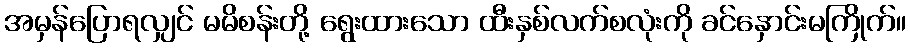
အမှန်ပြောရလျှင် မမိစန်းတို့ ရွေးထားသော ထီးနှစ်လက်စလုံးကို ခင်နှောင်းမကြိုက်။